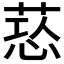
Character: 𦵃